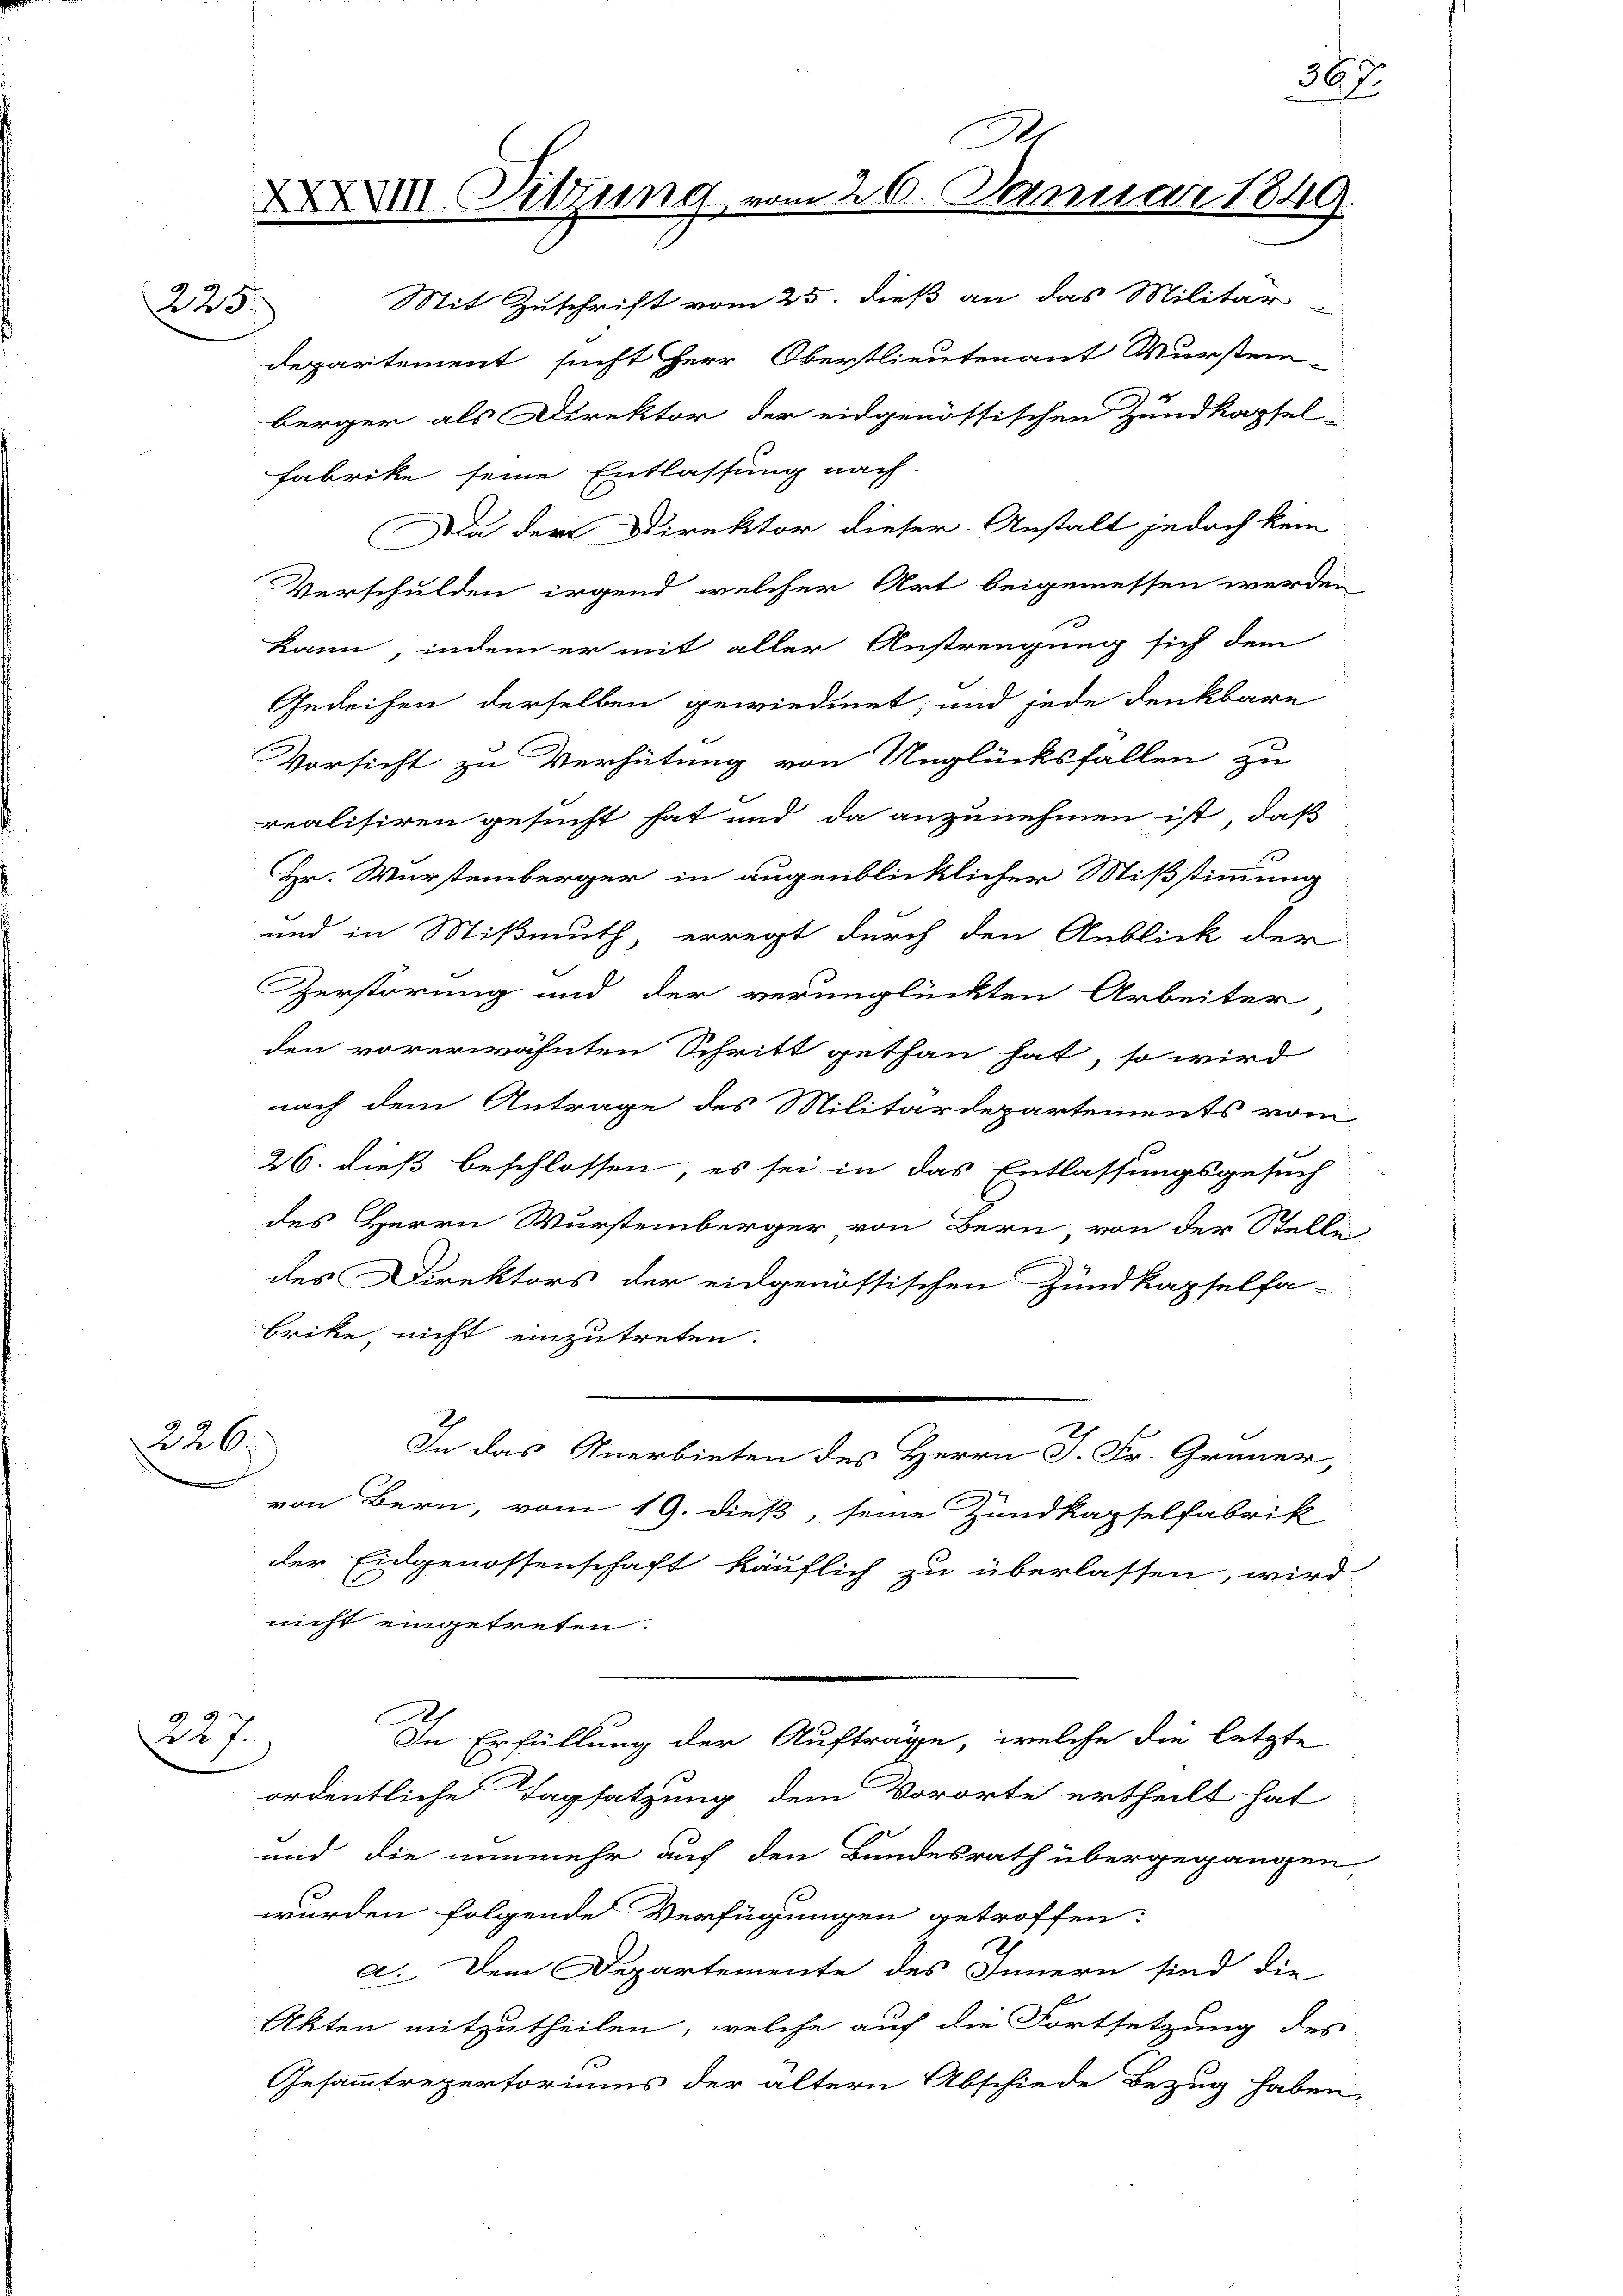
225.

G
XIII. Sitzung vom 26. Januar 1849.

Mit Zuschrift vom 25. dieß an das Militär
e
departement sucht Herr Oberstlieutenant Wurstei-
berger als Direktor der eidgenössischen Zundkapsel
Fabrike seine Entlassung nach.
Da der Direktor dieser Anstalt jedoch kein
Verschulden irgend, welcher Art beigemessen werden
kann, indem er mit aller Anstrengung sich dem
Gedeihen derselben gewiedmet, und jede denkbare
Vorsicht zu Verhütung von Unglücksfallen zu
realisiren gesucht hat und da anzunehmen ist, daß
Hr. Wurstemberger in augenblicklicher Mißstimmung
und in Mißmuth erregt durch den Anblick der
Zerstörung und der verunglückten Arbeiter
den vorerwähnten Schritt gethan hat, so wird
nach dem Antrage des Militärdepartements vom
26. dieß beschlossen, es sei in das Entlassungsgesuch
des Herrn Wurstenberger von Bern von der Stellen
des Direktors der eidgenössischen Zundkapselfa
brike, nicht einzutreten.
226.
In das Anerbieten des Herrn J. Fr. Grüner,
von Bern, vom 19. dieß, seine Zundkapselfabrik
der Eidgenossenschaft käuflich zu überlassen, wird
nicht eingetreten.
9 xx
Du s.
In Erfüllung der Aufträge, welche die letzte
ordentliche Tagsatzung dem Vororte ertheilt hat
und die nunmehr auf den Bundesrath übergegangen,
wurden folgende Verfügungen getroffen.
a. Dem Departemente des Innern sind die
Akten mitzutheilen, welche auf die Fortsetzung des
Gesammtrepertoriums der ältern Abschiede Bezug haben,

367.